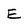
Character: E